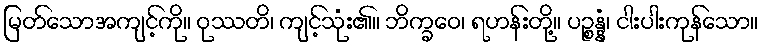
မြတ်သောအကျင့်ကို။ ဝုဿတိ၊ ကျင့်သုံး၏။ ဘိက္ခဝေ၊ ရဟန်းတို့။ ပဉ္စန္နံ၊ ငါးပါးကုန်သော။